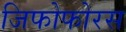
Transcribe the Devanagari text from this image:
जिफोफोरस